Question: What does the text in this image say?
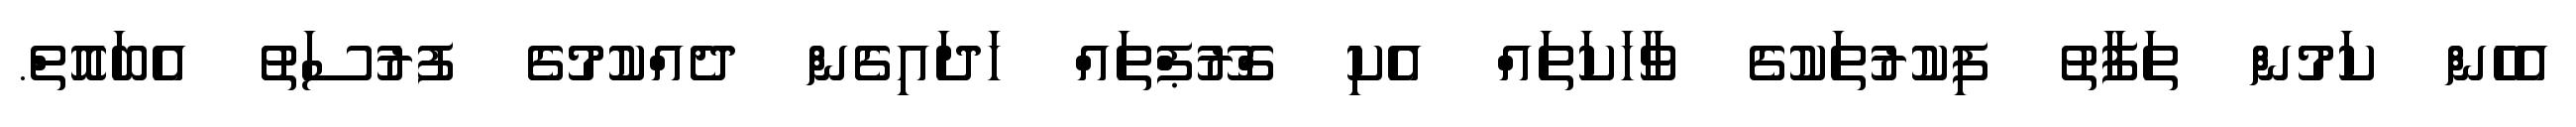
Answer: އެހެން ކަމުން ތަފާތު ފިކުރުތަކުގެ ވާހަކަތައް އެކި ގްރޫޕްތައް ހަދައިގެން ދެއްކުމުގެ ފުރުސަތު އެބައޮތް.